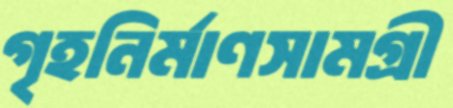
গৃহনির্মাণসামগ্রী